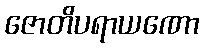
ဇောတိပရာယဏော